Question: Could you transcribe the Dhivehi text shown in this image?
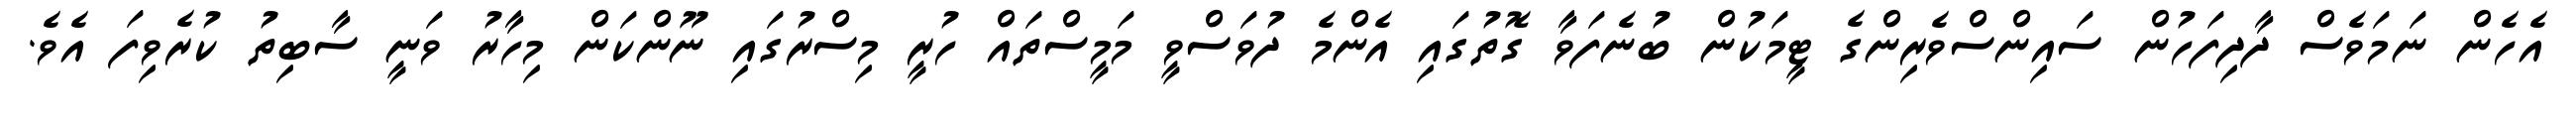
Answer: އެހެން ނަމަވެސް ދާދިފަހުން ސައިންސްވެރިންގެ ޓީމަކުން ބުނެފަވާ ގޮތުގައި އެންމެ ދުވަސްވީ މަމީސްތައް ހުރީ މިސްރުގައި ނޫންކަން މިހާރު ވަނީ ސާބިތު ކުރެވިފަ އެވެ.